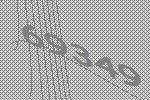
69349